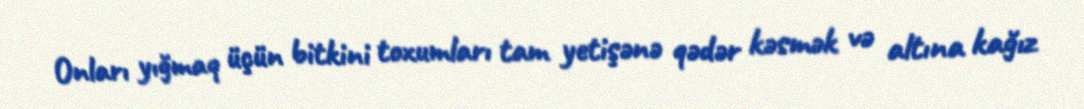
Onları yığmaq üçün bitkini toxumları tam yetişənə qədər kəsmək və altına kağız